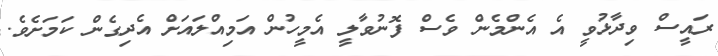
ރައީސް ވިދާޅުވީ އެ އެންމެން ވެސް ފޮނުވާލީ އެމީހުން އަމިއްލައަށް އެދިގެން ކަމަށެވެ.